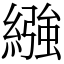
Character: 繈